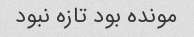
مونده بود تازه نبود